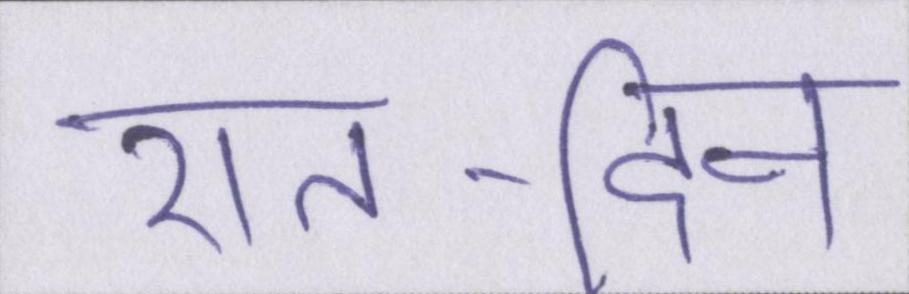
रात-दिन